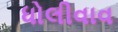
ધોલીવાવ